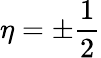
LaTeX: \eta=\pm\frac{1}{2}